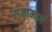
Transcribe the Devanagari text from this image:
राजामार्ग